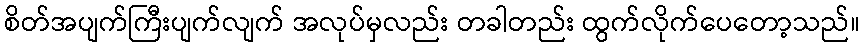
စိတ်အပျက်ကြီးပျက်လျက် အလုပ်မှလည်း တခါတည်း ထွက်လိုက်ပေတော့သည်။